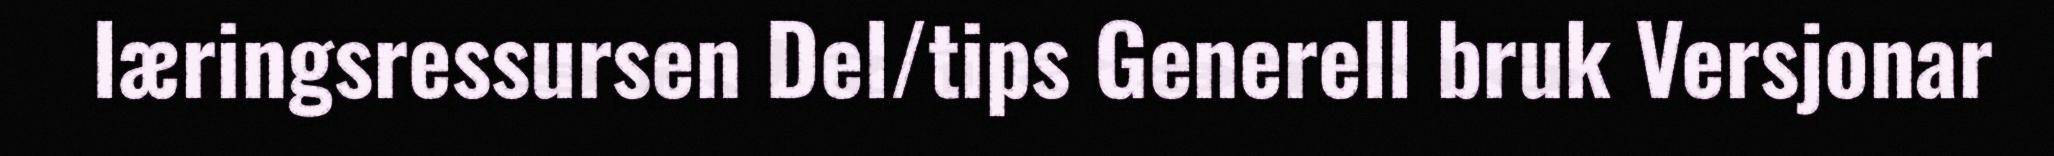
læringsressursen Del/tips Generell bruk Versjonar